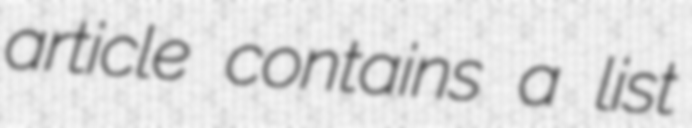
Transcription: article contains a list